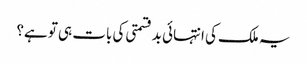
یہ ملک کی انتہائی بدقسمتی کی بات ہی تو ہے؟